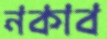
নকাব